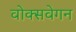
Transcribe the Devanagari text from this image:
वोक्सवेगन